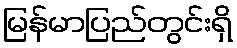
မြန်မာပြည်တွင်းရှိ